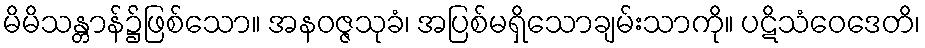
မိမိသန္တာန်၌ဖြစ်သော။ အနဝဇ္ဇသုခံ၊ အပြစ်မရှိသောချမ်းသာကို။ ပဋိသံဝေဒေတိ၊